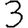
Digit: 3